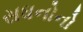
સધનોનો